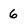
Character: 6